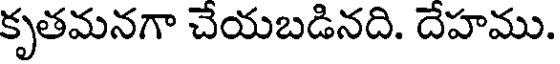
కృతమనగా చేయబడినది. దేహము.